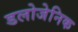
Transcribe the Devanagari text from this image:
डलोजेनिक